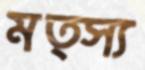
মত্স্য